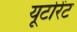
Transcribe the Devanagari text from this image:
यूटोरेंट